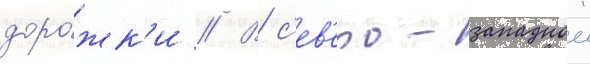
доро́жк'и // В с'ев'еро-западнои